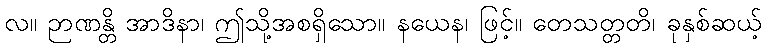
လ။ ဉာဏန္တိ အာဒိနာ၊ ဤသို့အစရှိသော။ နယေန၊ ဖြင့်။ တေသတ္တတိ၊ ခုနှစ်ဆယ့်